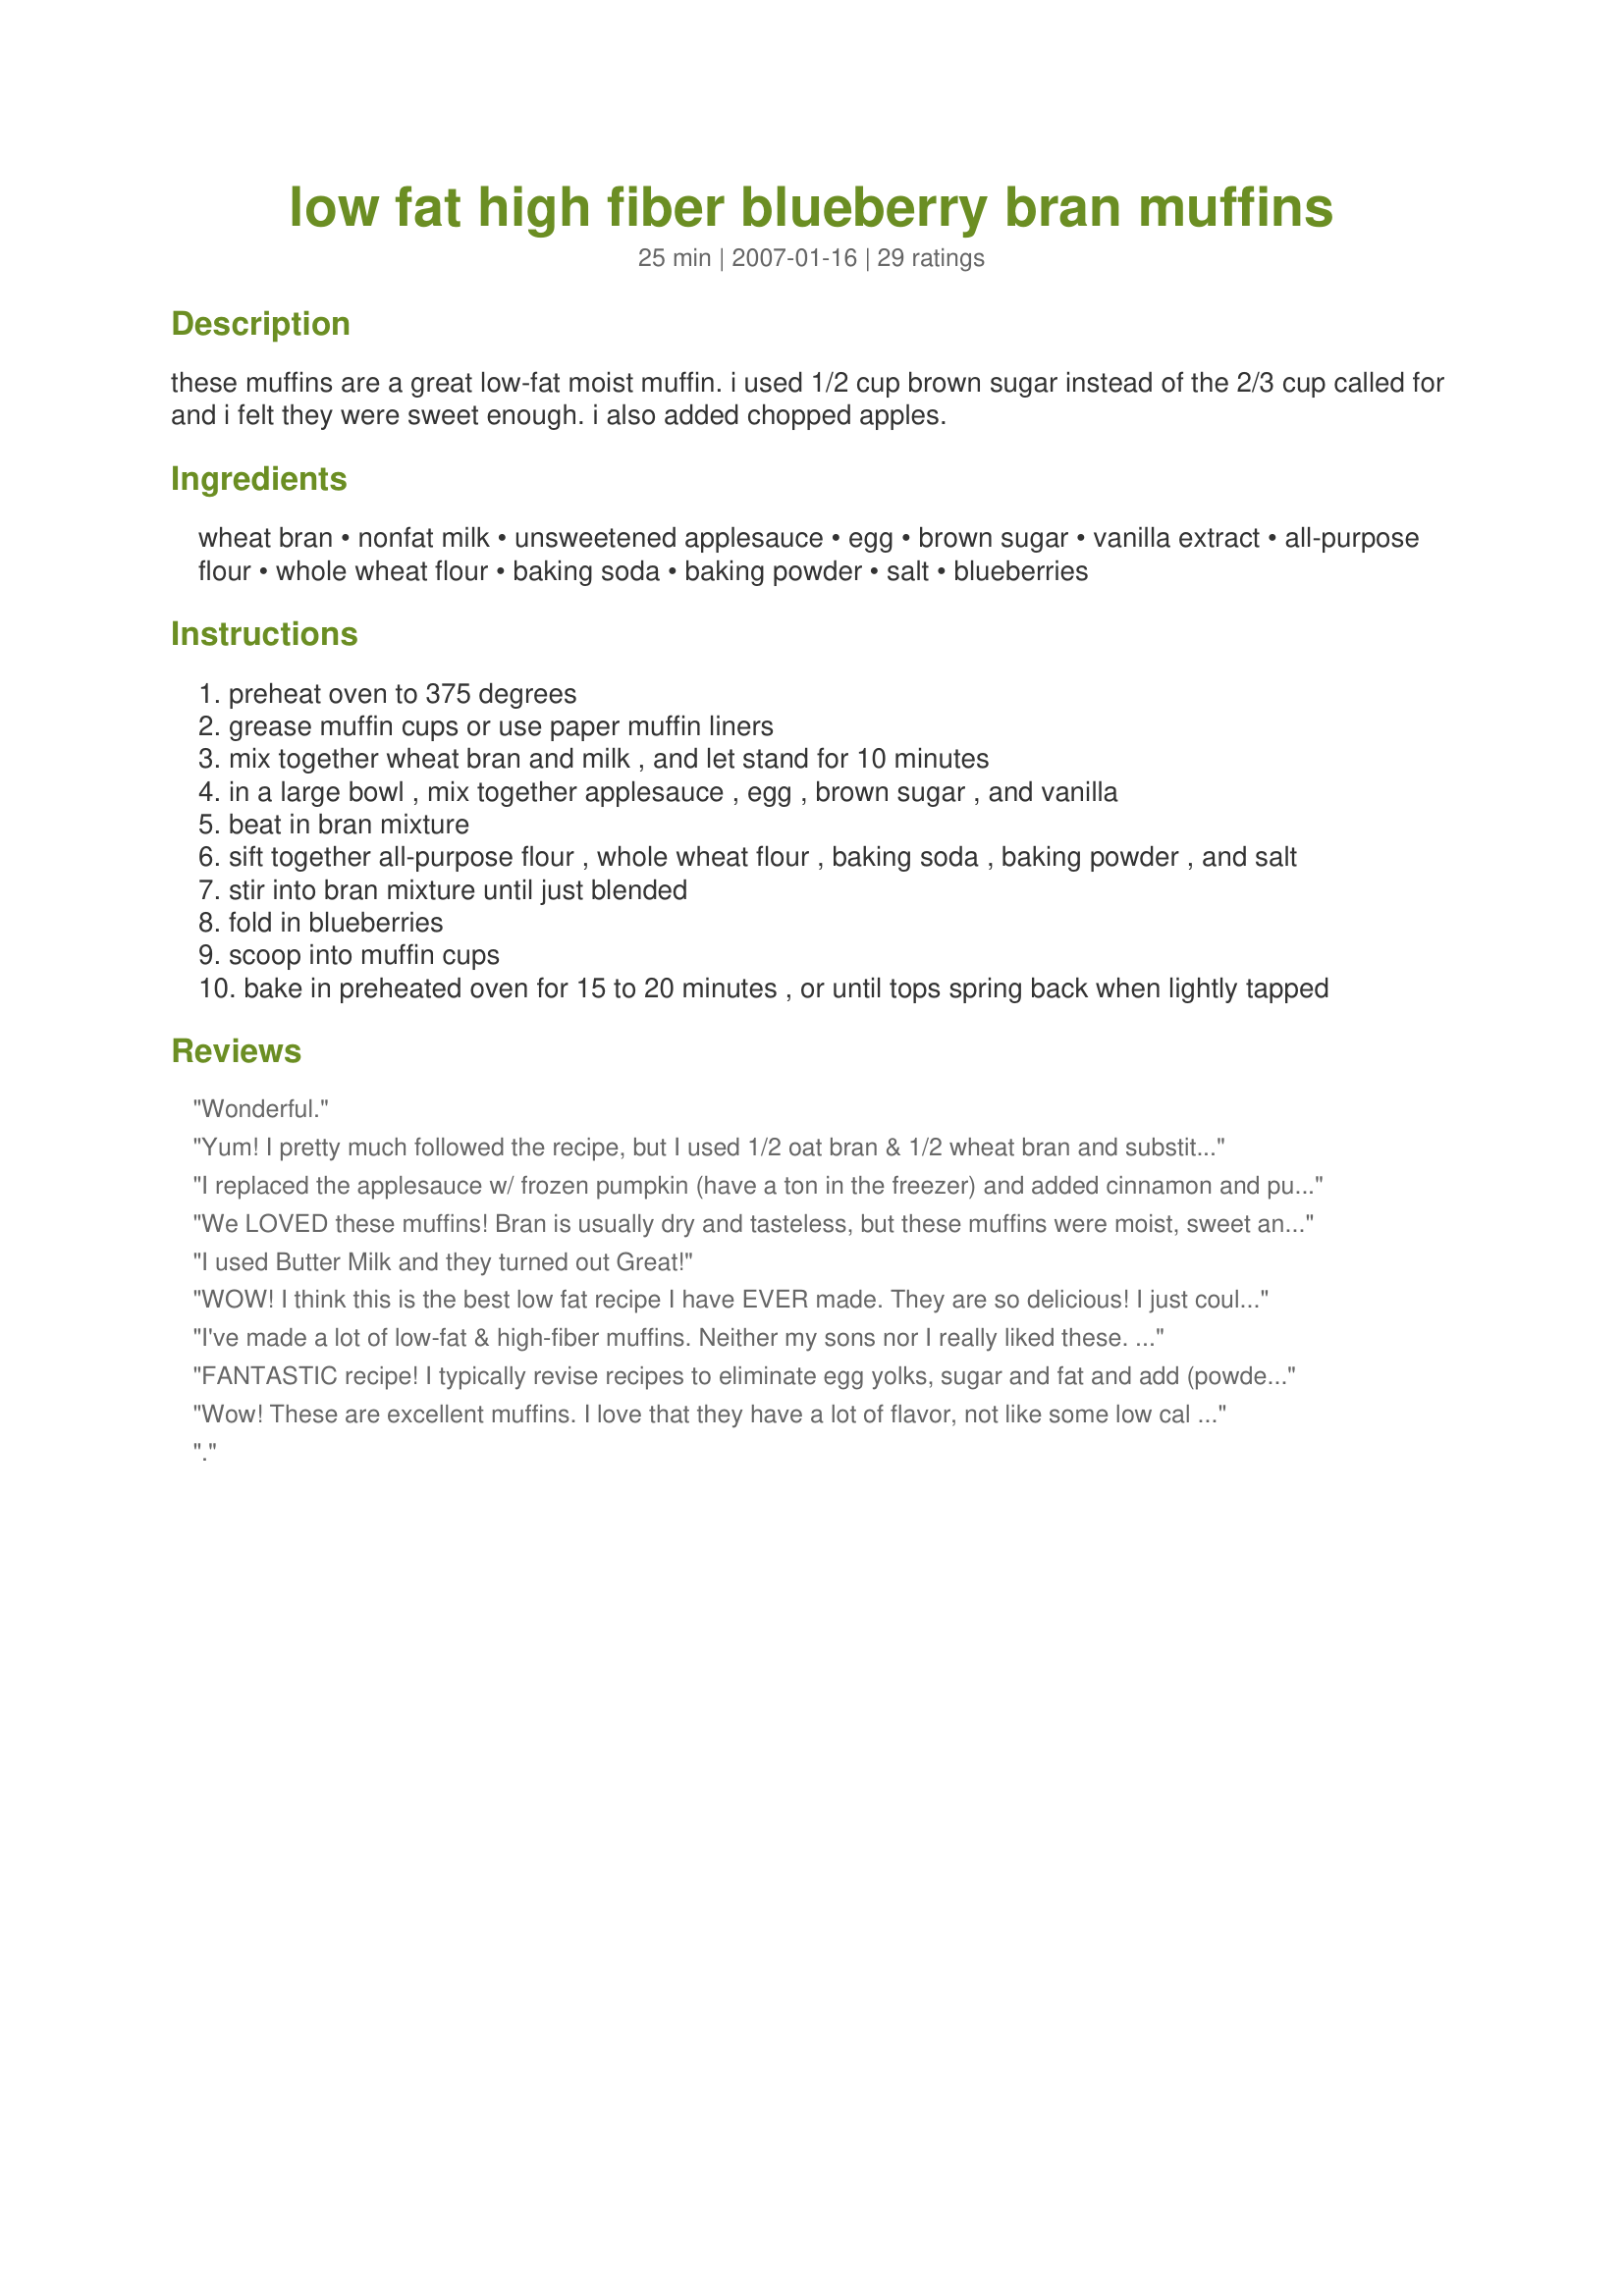
low fat high fiber blueberry bran muffins
Preparation time: 25 minutes

these muffins are a great low-fat moist muffin. i used 1/2 cup brown sugar instead of the 2/3 cup called for and i felt they were sweet enough. i also added chopped apples.

Ingredients:
wheat bran, nonfat milk, unsweetened applesauce, egg, brown sugar, vanilla extract, all-purpose flour, whole wheat flour, baking soda, baking powder, salt, blueberries

Steps:
preheat oven to 375 degrees
grease muffin cups or use paper muffin liners
mix together wheat bran and milk , and let stand for 10 minutes
in a large bowl , mix together applesauce , egg , brown sugar , and vanilla
beat in bran mixture
sift together all-purpose flour , whole wheat flour , baking soda , baking powder , and salt
stir into bran mixture until just blended
fold in blueberries
scoop into muffin cups
bake in preheated oven for 15 to 20 minutes , or until tops spring back when lightly tapped

Reviews:
Wonderful.
Yum! I pretty much followed the recipe, but I used 1/2 oat bran & 1/2 wheat bran and substituted Silk 35 calorie almond milk for the milk. I did let the bran soak first. My only TINY complaint is that I like a slightly sweeter muffin, but I only used 1/2 cup brown sugar because I only had regular brown sugar, not Splenda. I think next time, I'll try it with 3/4 cup Splenda BS. Otherwise, these were AWESOME. My husband ate SIX!!
I replaced the applesauce w/ frozen pumpkin (have a ton in the freezer) and added cinnamon and pumpkin pie spice. Yum! One point on WW, will add this as a staple to my diet.
We LOVED these muffins! Bran is usually dry and tasteless, but these muffins were moist, sweet and delicious. My husband had one every day and asked me to make another batch when they were gone! This recipe is a keeper! I heated mine and slathered it with a bit of ricotta cheese (sweetened with honey and lemon zest for my morning treat. Delicious!
I used Butter Milk and they turned out Great!
WOW! I think this is the best low fat recipe I have EVER made. They are so delicious! I just couldn't believe there was no oil or butter in them. I've tried a lot of other recipes with apple sauce and usually they end up gummy and wet, but not these. I will definitely add these to my favourites. I did use all purpose flour as I was out of whole wheat, but I'm sure either would be good.
I've made a lot of low-fat & high-fiber muffins. Neither my sons nor I really liked these. They do taste healthy.
FANTASTIC recipe! I typically revise recipes to eliminate egg yolks, sugar and fat and add (powdered) protein but I may try the recipe as written first to make sure its a good candidate for the changes I have to make. This recipe had so many rave reviews I decided to just give it a shot and it turned out to be the best muffin recipe I have ever used! For anyone looking for a sugar free, low fat muffin that does not double as a hockey puck, this is it!!! Following are the changes I made which resulted in a batch of 18 muffins at approximately 90 cal each (after all adjustments to the nutritional content):<br/>1) replace whole egg with 2 egg whites, beaten (this helps with texture as well as reducing fat and cholesterol);<br/>2) replace milk with low fat "Silk" (milk is fine but this has less cholesterol)<br/>3) replace regular brown sugar with "Ideal" brand brown sugar substitute (Ideal brand sugar substitutes are the best ever--no aftertaste)<br/>4) add 1 full scoop of "Designer" Whey Protein<br/>5) add 3 tablespoons plain low fat yogurt (maintains good texture with the addition of the powdered protein and adds protein as well)<br/>6) add an extra full cup of fresh blueberries (adds moisture and flavor with limited calories)<br/>7) add 1 teaspoon cinnamon<br/><br/>I used the full 2/3 cup of the Ideal brown sugar substitute. With all of the changes I ended up with 18 muffins at about 90 calories each. They were moist, much lighter than most "healthy" muffins and very flavorful.
Wow! These are excellent muffins. I love that they have a lot of flavor, not like some low cal muffin recipes are bland. These are definitely not that. I followed the recipe to a T. Except I sprinkled a little sugar in the raw on the top of each one. I normally do that because I like a crunchy top. I was going to add cinnamon to the mix, but I forgot. I will try that next time. This recipe is a keeper! Thanks for the recipe!
.
Was craving bran muffins but had no bran. Went with this recipe because of the great reviews. With that in mind I set out to follow this the best I could. Instead of bran, found some Swiss Muesli cereal in cupboard, soaked it as directed, also had no applesauce so used 2Tbs coconut oil, &amp; grated one large Apple. End result was moist &amp; flavorable muffin. It did stick to the bottom of paper liner which I didn&#039;t mind. Will definitely make this again. Husband said it tasted pretty good for something healthy.
The moistest, most flavorful low-fat, high-fiber muffins I've ever tried! I used half wheat bran and half oat bran and let it soak like the recipe said. I used all white flour but everything else was "as written". The rest of the family enjoyed them as well. This is one muffin recipe I *know* I'm making again! Thanks for sharing.
Just made these. Used oat bran, unsweetened almond milk, the 1/2 cup of brown sugar instead of 2/3 cup and subbed half low fat sour cream/half fat free blueberry yogurt for the apple sauce because I had none. Used frozen blueberries but set aside 3 muffins to use mini semi sweet chocolate chips instead because I was craving chocolate. Both kinds taste delicious. I had to add a bit of water because the batter was too thick and I made 12 muffins instead of 15. Baked for 19 minutes. Thanks for the recipe, I'll definitely make them again.
Well, these were really quite good for a high fibre muffin. I used wheat bran, only 1/2 cup of sugar (white and brown mixed together) and I also used two cups of blueberries. I got about 17 muffins out of this. I think I will be using this recipe often. I may try mixing in some nuts in another batch too. And I like the idea of adding in some apples too.
The muffins turned out great! I usually try to follow a recipe the first time through but I didn't have several things on hand today. I think this speaks volumes for the recipe, it's definitely flexible. I used oat bran, but I was a few tablespoons shy, so I used flaxseed to make up the difference. I did soak the combination in milk. No applesauce on hand so I used vanilla flavored Greek yogurt instead, all 6 oz. I was out of wheat flour so I used 1 cup of all purpose flour. My only complaint, the muffins stick to paper muffin cups. Next time I'll try cooking directly in the tin. I think more blueberries, about 1 1/2 cups would be good or I'll try the addition of apples. Thanks for a tasty, healthy treat!
Fabulous! I used oat bran, half Splenda white & half Splenda brown sugar. Used half whole wheat & half oat flour, and frozen blueberrie. Delicious, healthy-thank u for sharing!
These turned out great! I used all white flour, though--just wanted to make the muffin a little lighter in texture. Moist and delicious...will make again! Thanks for posting!
This was the BEST bran muffin that I have ever had! I am about to make a second batch for the family, as they have requested it again. I too added finely chopped apples, which increases the moisture content perfectly. While the bran was soaking in the milk, I simmered the raisins in 1/2 cup of water for 10 minutes (discarding the juice before adding the raisins to the batter) . Adding 1-2 Tbsp. Flax seeds increased the fiber content.
I don't believe in giving bad reviews if you change the recipe AT ALL. I hate when people say something bad after they completely alter a recipe. In this case, I actually did make a very very small modification, but since I'm giving it five stars, I see no harm in reviewing the basic premise of this recipe. The only real change I made was to add 1 Tbsp. of oil in place of 1 Tbsp. of applesauce to give it a little more of a traditional muffin feel. Sometimes when I use all applesauce, I don't love the texture in the end, so out of fear, I added a touch of oil. I also added about a 1/2 - 1 tsp. of cinnamon because I love cinnamon in everything. These are so yummy. I love blueberry and bran together.... really good with some apple jelly on them. Sounds wierd, but it's delicious! These were great, thanks for the recipe!!
Great recipe - I have made these twice now in four days! I veganized it by using unsweetened almond milk and a flax egg (1T ground flax + 3T water), but the rest was as described, with the half cup brown sugar. It was EXACTLY what I was craving in a bran muffin. Second time I'm using half oat bran and half wheat bran, soaked in the almond milk. Thank you for a great and easy recipe that WORKS!
These are very good! I made several changes out of necessity, but I feel confident giving a rating b/c I didn't change the basic recipe. Like the previous reviewer I used (powdered) buttermilk, and due to obscenely high prices on blueberries (even frozen!) I used frozen strawberries and increased the amount to 1 1/2 cups. Like Rita I only used 1/2 c sugar, and these were plenty sweet. I also discovered this morning I was short on oat bran, so I used 3/4 c oat bran and 3/4 c oatmeal. I think the soaking step is probably important, b/c the texture of these was better than any bran muffins I've made in recent history. Also, I got 16 good sized muffins from this recipe...maybe due to the volume of the strawberries? Thanks, Rita, for a keeper!
Terrible.....the recipe needs to include some kind of fat.....otherwise, the muffins stick to the muffin papers.
Yum!
These were great. I also used oatbran out of preference and used almond milk. I didn't have any whole wheat flour so used all white and used 2 cups of blueberries instead of the one cup. I thought these would be heavy and dense which is the reason I increased the blueberries so my kids would eat them, but they were nice and fluffy light!!! Great recipe!
Are these really bran muffins? Really? These gems are delightfully moist and flavorful. I followed your lead and used 1/2 cup sugar. I had frozen blueberries, so that's what went in. Mixing the bran and milk together is genius! Really softens up the bran. I love these and looks like you have the approval of my 18 month old, too!
I have been searching for an easy, moist bran muffin and this is the best ! I used 1/4C. Eggbeaters instead of the egg and a sprinkle of salt. I also used only the 1/2C of brown sugar and they are perfect. I used an oat and wheat bran combination. I got to try the strawberries next time as another reviewer did. Thanks for a great recipe which is a keeper in my family !
these are great I just made them and they are really delicious, I used 2% milk because its what I had and added an extra half cup of blueberries, only problem I had was that like someone else had mentioned the paper cups wouldn't come off without taking most of the bottom of the muffin, I think large blueberries may have been part of the problem because if how moist they are, next time I will try baking in the pan
What a great recipe! My husband has recently been diagnosed with diverticulitis and we have been asked by our doctor to increase his roughage intake so I was looking for bran recipes all over the net and this one is one of our favorites. Ever since I&#039;ve found the recipe a week ago, I&#039;ve made the muffins 3 times and it comes out perfect every time. I don&#039;t have any muffin cups, so I made a loaf instead which takes around 55 to 60 minutes at 375. No apples in my recipe and I&#039;ve been making the less-sugar version. Also, instead of white flour I added 0.5 cups of ground-up oats. Very moist and yummy :)
Very nice muffin, my 3 year old son ate 2 1/2 while they were still warm! I used 2% milk as that was what I had on hand, but followed the recipe otherwise. I did add the milk and bran together to sit while mixing the other ingredients, kept things nice and moist. Will make again!
